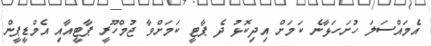
އެމައްސަލަ ހުށަހަޅާނެ ކަމަށް އިދިކޮޅު ދެ ޕާޓީ ކަމަށްވާ ޖުމްހޫރީ ޕާޓީއާއި އެމްޑީޕީން